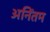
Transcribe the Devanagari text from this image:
अनिंतम